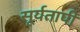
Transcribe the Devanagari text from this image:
सूर्यतापी